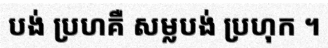
បង់ ប្រហគឺ សម្លបង់ ប្រហុក ។